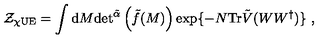
\mathcal { Z } _ { \chi \mathrm { U E } } = \int \mathrm { d } M \mathrm { d e t } ^ { \tilde { \alpha } } \left( \tilde { f } ( M ) \right) \exp \{ - N \mathrm { T r } \tilde { V } ( W W ^ { \dagger } ) \} \ ,